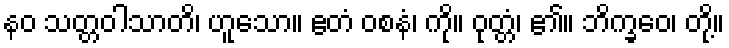
နဝ သတ္တဝါသာတိ၊ ဟူသော။ ဧတံ ဝစနံ၊ ကို။ ဝုတ္တံ၊ ၏။ ဘိက္ခဝေ၊ တို့။